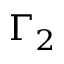
\Gamma _ { 2 }